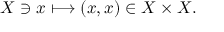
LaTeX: X \ni x \longmapsto ( x , x ) \in X \times X .